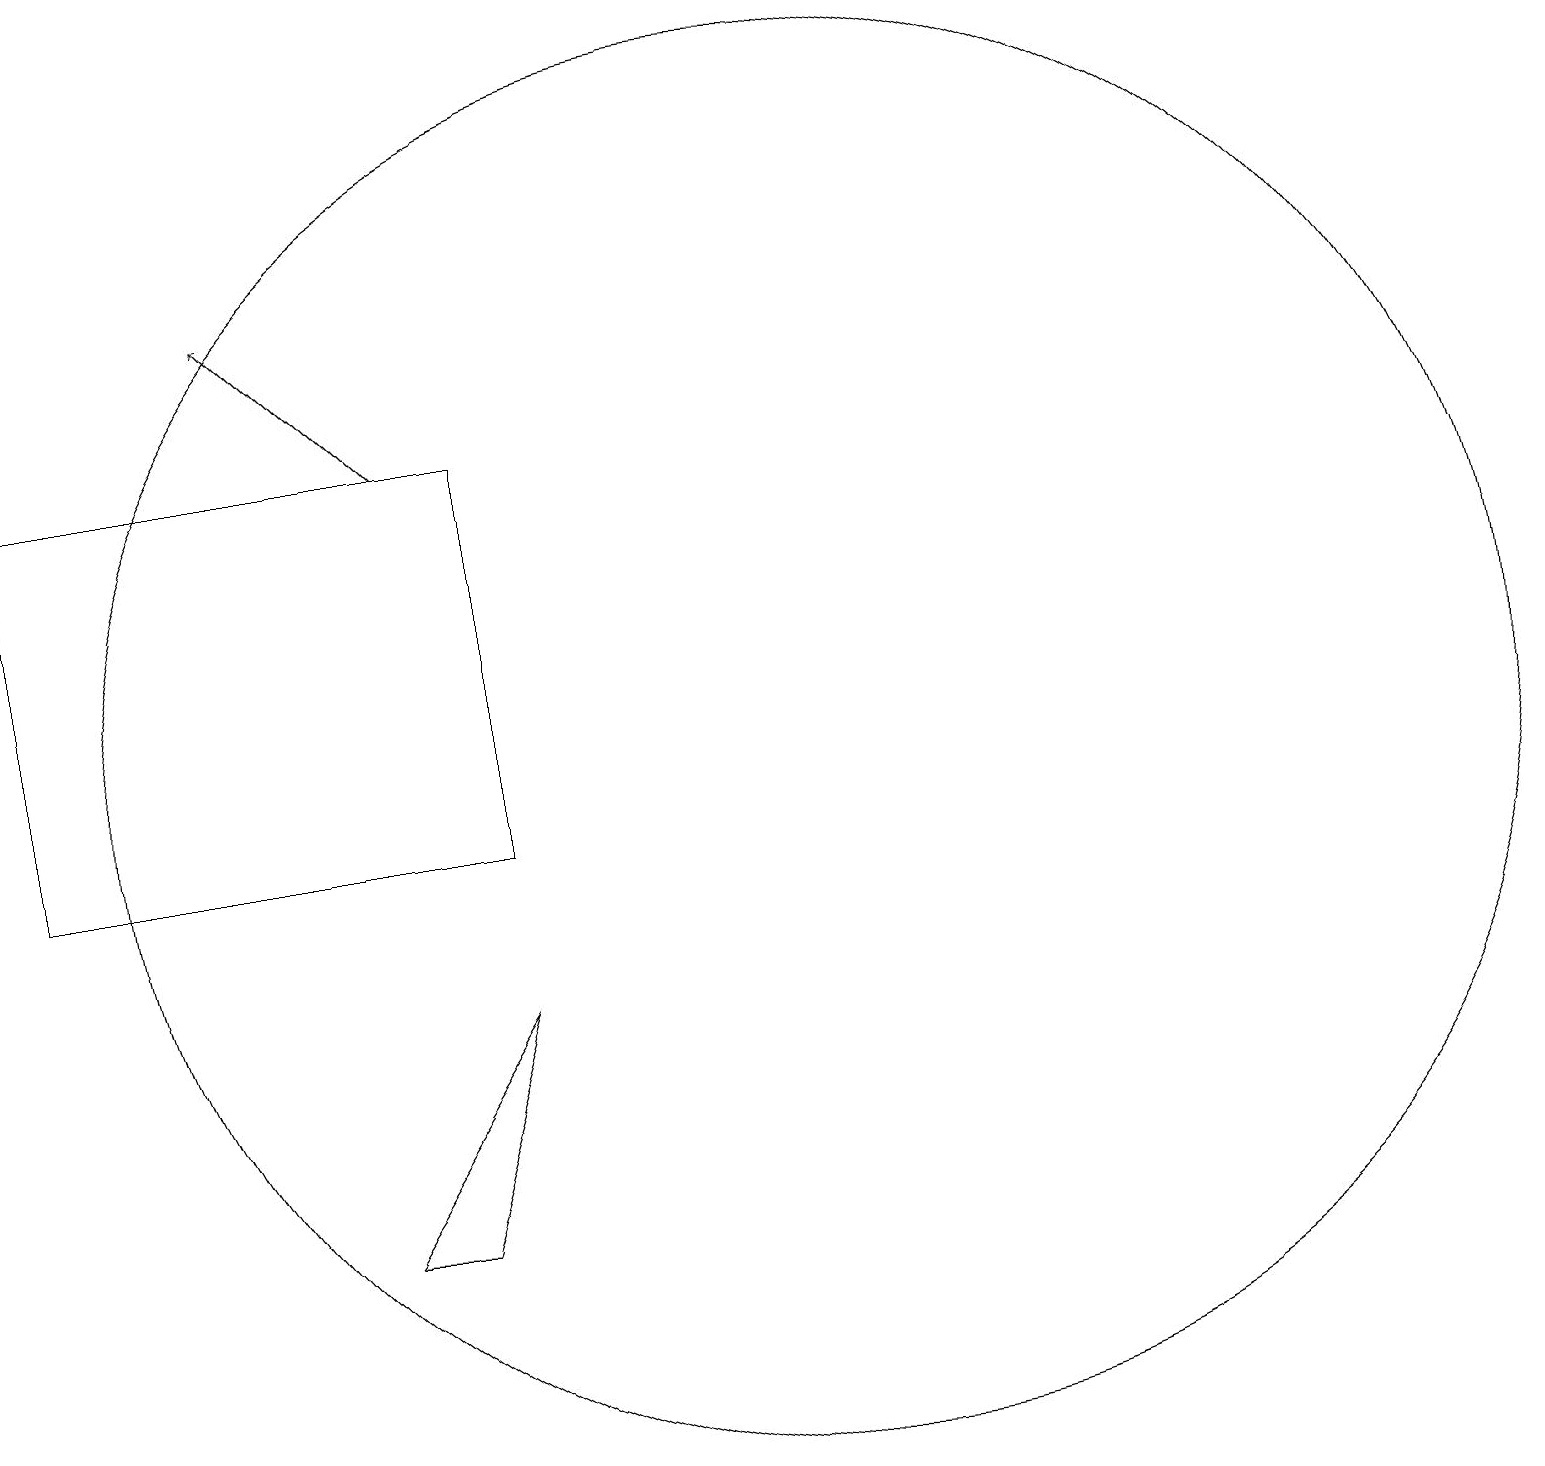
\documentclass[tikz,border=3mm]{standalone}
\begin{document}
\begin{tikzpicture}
\draw (10,10) circle (0);
\draw (2,15) rectangle (2,13);
\draw (2,17) rectangle (2,10);
\draw (10,11) circle (0);
\draw (12,11) circle (9);
\draw (7,5) -- (8,8) -- (6,5) -- cycle;
\draw (2,15) rectangle (8,10);
\draw[->] (7,15) -- (5,17);
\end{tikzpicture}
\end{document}